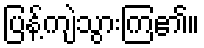
ပြန့်ကျဲသွားကြ၏။